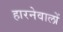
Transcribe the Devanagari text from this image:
हारनेवालों